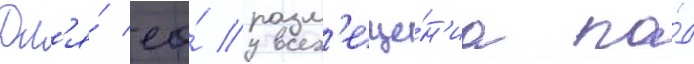
Дл'я́ ео́ разм'еще́н'иа по́д